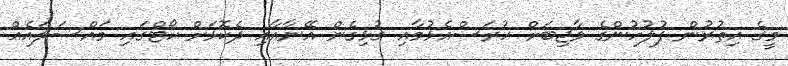
މީގެ އިތުރުން ފުލުހުންގެ ވާޖިބަށް ހުރަސްއެޅުމާއި ގުޅިގެން އޭނާއާއި ދެކޮޅަށް ކޯޓްގައި މައްސަލައެއް